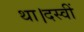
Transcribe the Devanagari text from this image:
था।दस्वीं